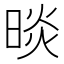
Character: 晱